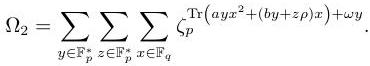
\[\Omega_2 = \sum_{y\in\mathbb{F}_p^r}\sum_{z\in\mathbb{F}_p^s}\sum_{x\in\mathbb{F}_q^n} \zeta_p^{\mathrm{Tr}(ayxz^t+(by+zp)x)+\omega y}.\]